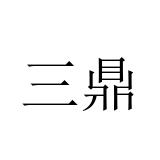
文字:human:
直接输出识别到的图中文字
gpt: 三鼎